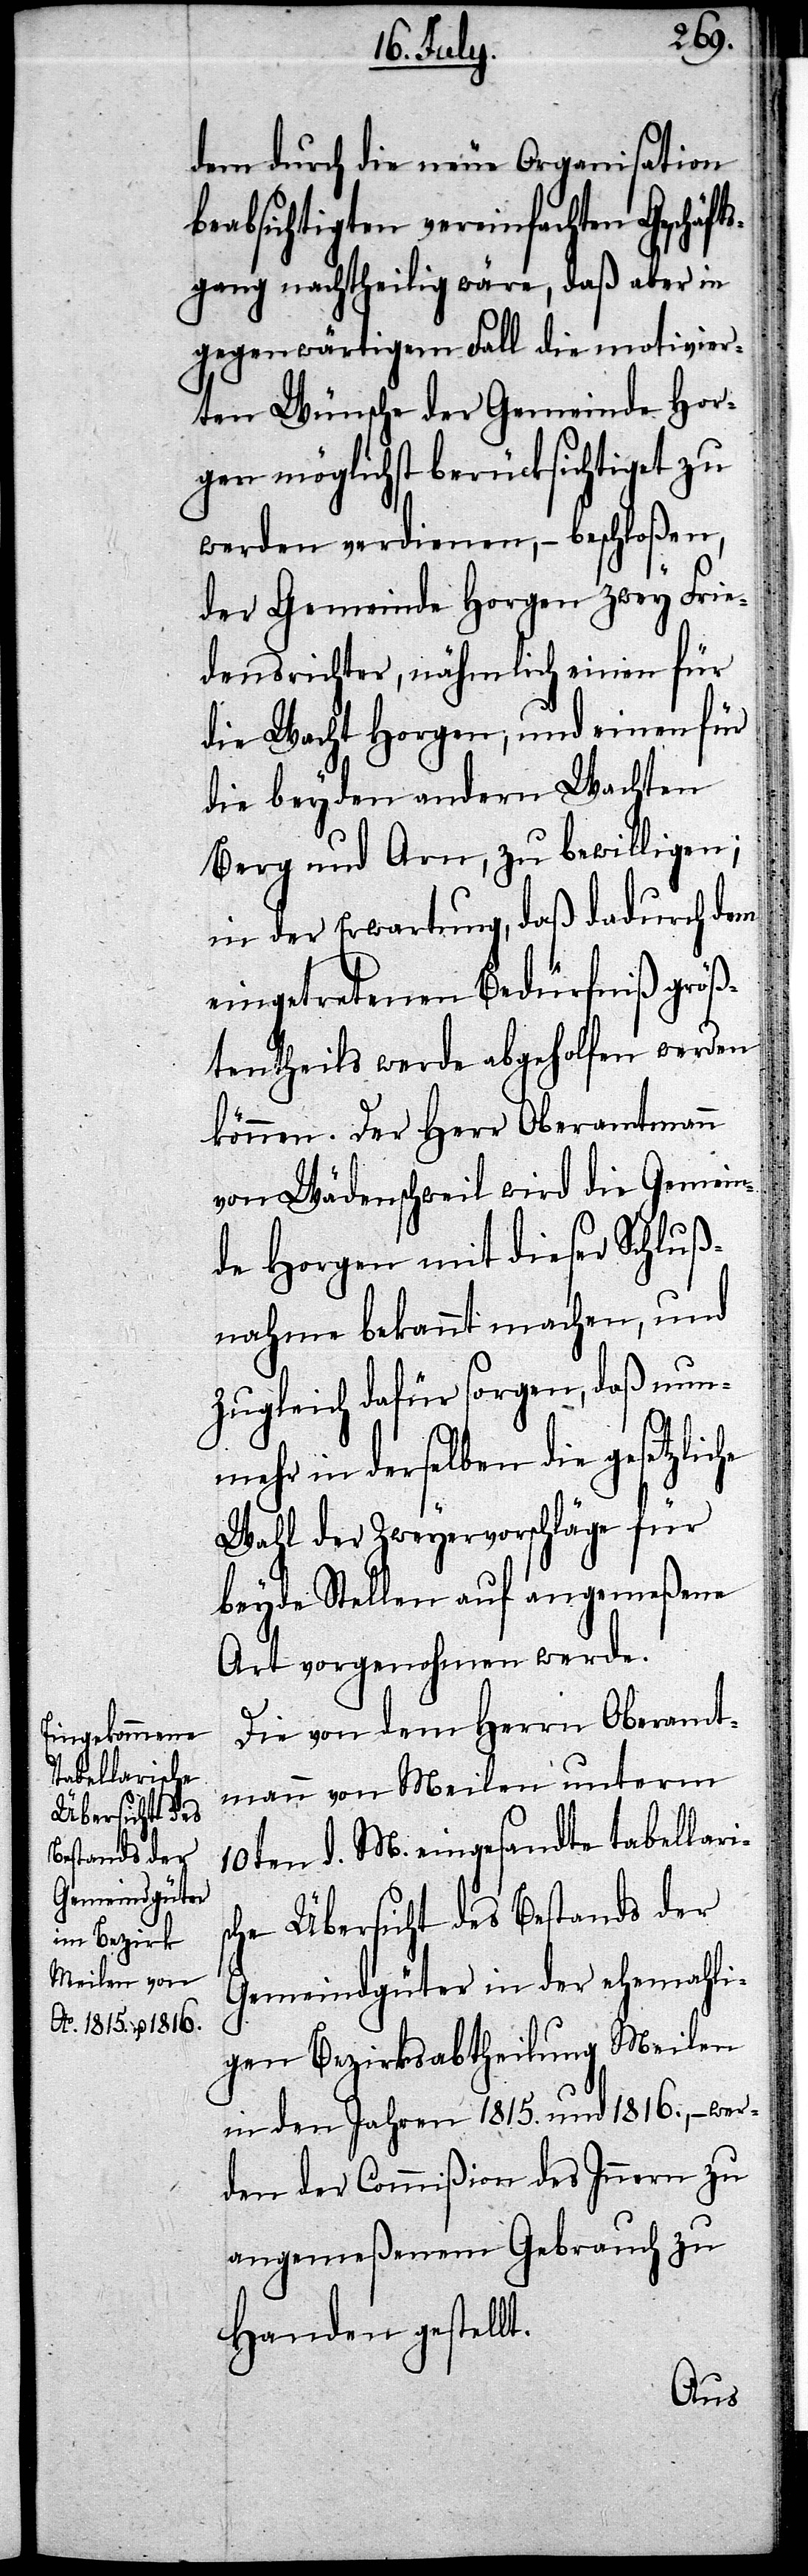
dem durch die neue Organisation
beabsichtigten vereinfachten Geschäft¬
sgang nachtheilig wäre, daß aber in
gegenwärtigem Fall die motivier¬
ten Wünsche der Gemeinde Hor¬
gen möglichst berücksichtiget zu
werden verdienen, – beschloßen,
der Gemeinde Horgen zwey Frie¬
densrichter, nähmlich einen für
die Wacht Horgen, und einen für
die beyden andern Wachten
Berg und Arn, zu bewilligen;
in der Erwartung, daß dadurch dem
eingetretenen Bedürfniß größ¬
tentheils werde abgeholfen werden
können. Der Herr Oberamtmann
von Wädenschweil wird die Gemein¬
de Horgen mit dieser Schluß¬
nahme bekannt machen, und
zugleich dafür sorgen, daß nun¬
mehr in derselben die gesetzlic¬
Wahl der Zweyervorschläge für
beyde Stellen auf angemeßene
Art vorgenohmen werde.
he
Die von dem Herrn Oberamt¬
mann von Meilen unterm
10ten d. M. eingesandte tabellaris¬
che Übersicht des Bestands der
Gemeindgüter in der ehemahli¬
gen Bezirksabtheilung Meilen
in den Jahren 1815. und 1816., – wer¬
den der Commißion des Innern zu
angemeßenem Gebrauch zu
Handen gestellt.